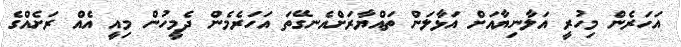
އަހަރެން މިހުރީ އަލާނިޔާއަށް އަޅާލަން ތައްޔާރަށްއެނގޭތަ އަހަރެމެން ދެމީހުން މިއީ އެއް ރަށެއްގެ